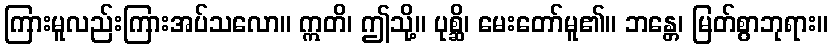
ကြားမူလည်းကြားအပ်သလော။ ဣတိ၊ ဤသို့။ ပုစ္ဆိ၊ မေးတော်မူ၏။ ဘန္တေ၊ မြတ်စွာဘုရား။